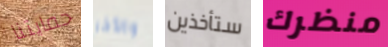
حمايتنا والأخر ستأخذين منظرك